画像に写った文字を読んでください
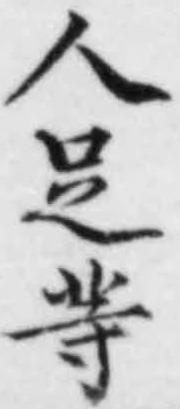
「人𠯣䓁」と書いてあります